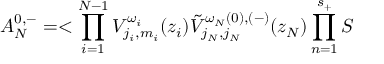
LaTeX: { \cal A } _ { N } ^ { 0 , - } = < \prod _ { i = 1 } ^ { N - 1 } { V } _ { j _ { i } , m _ { i } } ^ { \omega _ { i } } ( z _ { i } ) \tilde { V } _ { j _ { N } , j _ { N } } ^ { \omega _ { N } ( 0 ) , ( - ) } ( z _ { N } ) \prod _ { n = 1 } ^ { s _ { + } } { \cal S }